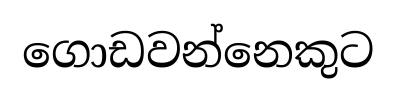
ගොඩවන්නෙකුට